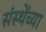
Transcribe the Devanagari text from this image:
संस्थेंच्या